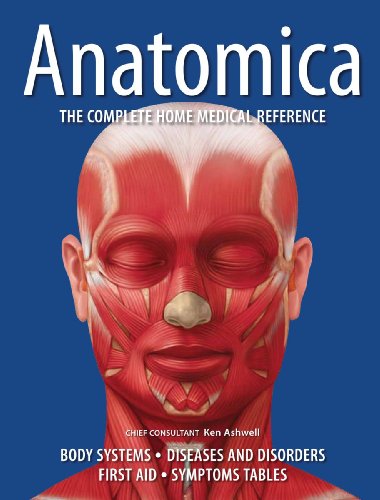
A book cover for Anatomica: The Complete Home Medical Reference; Health, Fitness & Dieting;